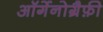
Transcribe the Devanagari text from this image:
ऑर्गेनोग्रैफ़ी